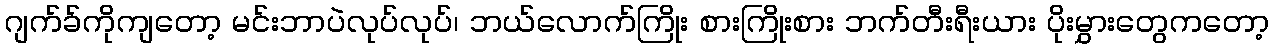
ဂျက်ခ်ကိုကျတော့ မင်းဘာပဲလုပ်လုပ်၊ ဘယ်လောက်ကြိုး စားကြိုးစား ဘက်တီးရီးယား ပိုးမွှားတွေကတော့